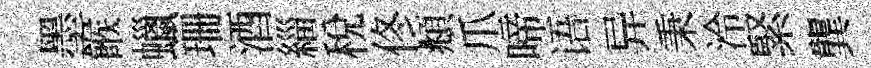
墨餱蠟珊酒緇稅佟頫爪啼语异秉泠緊龔